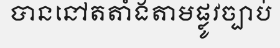
បាននៅតតាំងតាមផ្លូវច្បាប់